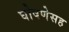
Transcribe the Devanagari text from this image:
घोषणेसह